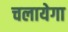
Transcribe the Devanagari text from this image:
चलायेगा